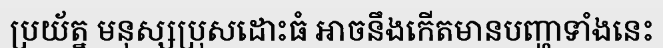
ប្រយ័ត្ន មនុស្សប្រុសដោះធំ អាចនឹងកើតមានបញ្ហាទាំងនេះ